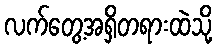
လက်တွေ့အရှိတရားထဲသို့